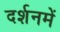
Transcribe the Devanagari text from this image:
दर्शनमें